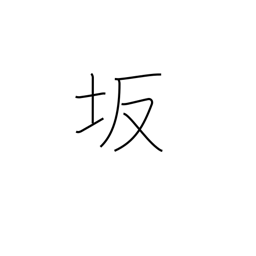
Meaning: slope